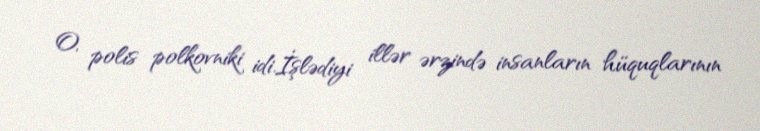
O, polis polkovniki idi.İşlədiyi illər ərzində insanların hüquqlarının